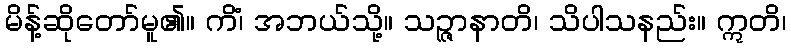
မိန့်ဆိုတော်မူ၏။ ကိံ၊ အဘယ်သို့။ သဉ္ဇာနာတိ၊ သိပါသနည်း။ ဣတိ၊